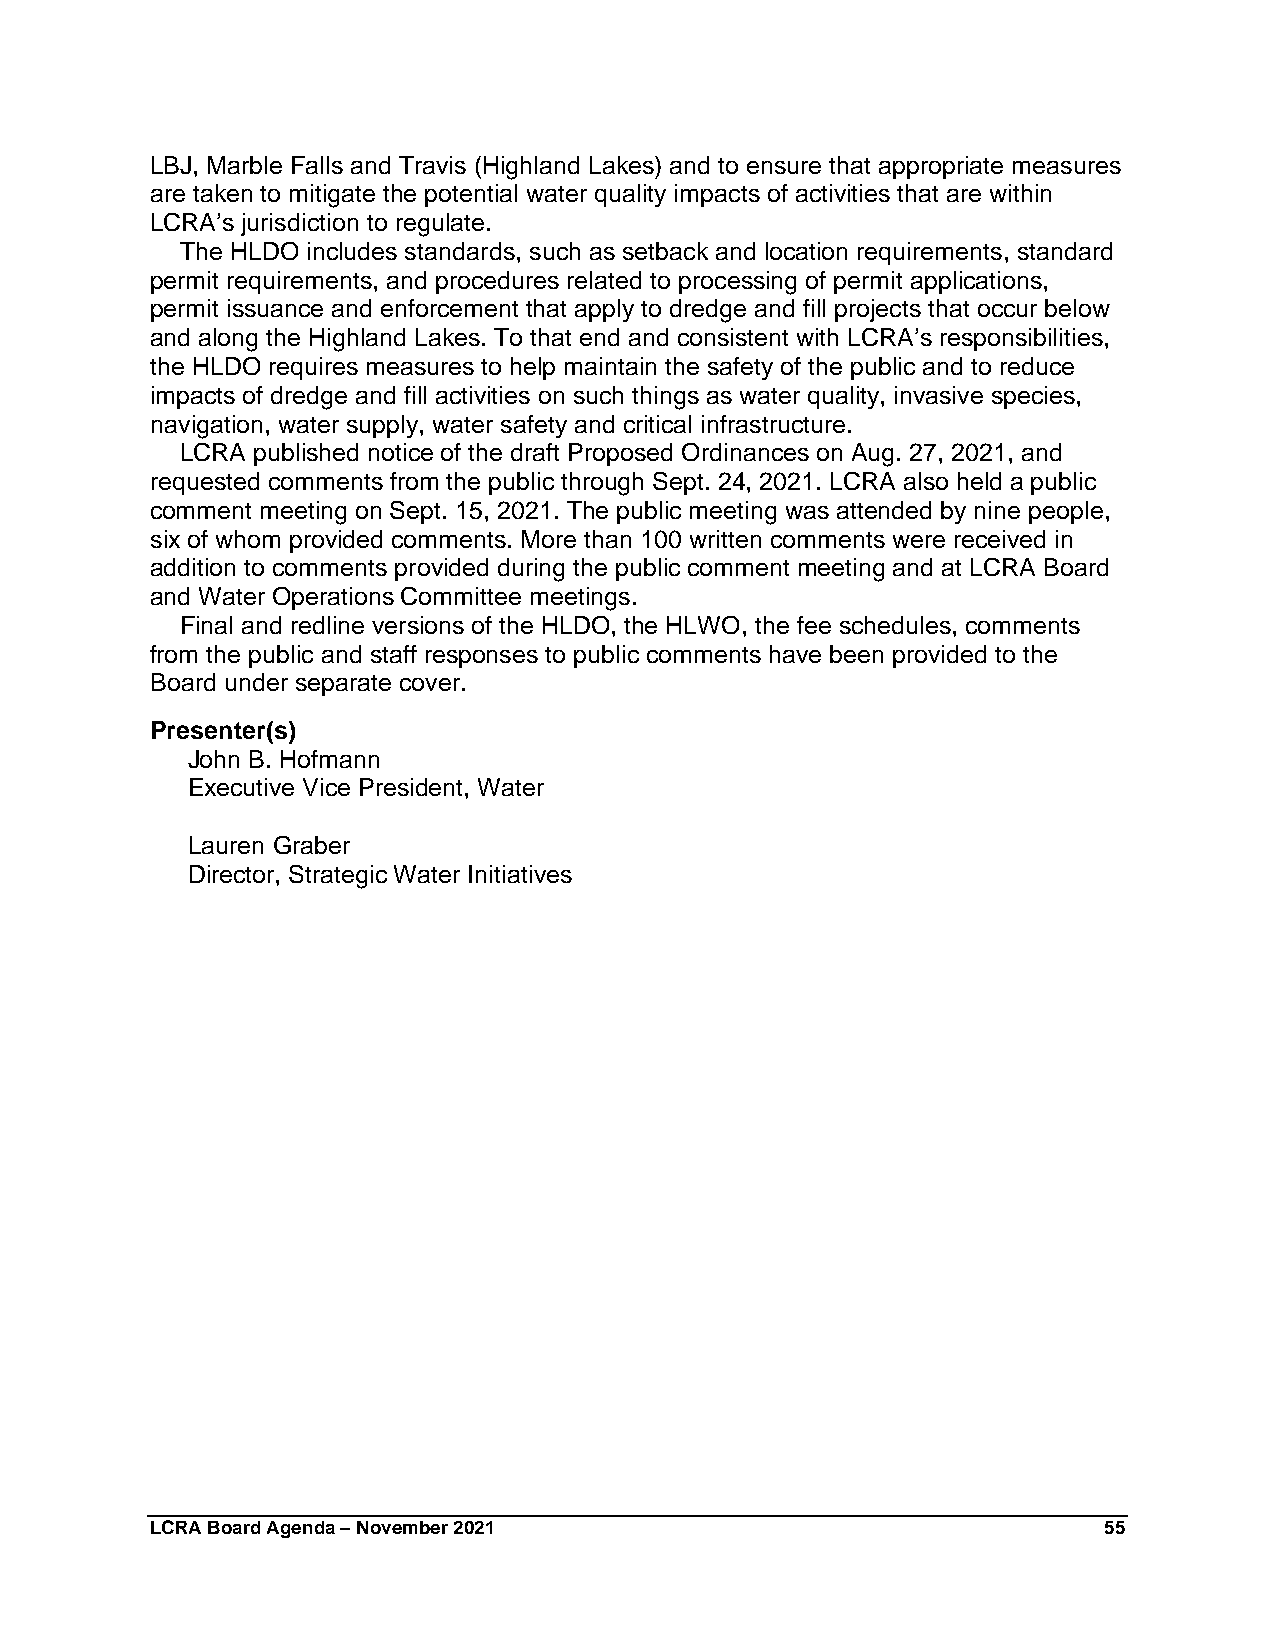
LBJ, Marble Falls and Travis (Highland Lakes) and to ensure that appropriate measures
 are taken to mitigate the potential water quality impacts of activities that are within
 LCRA’s jurisdiction to regulate.
 The HLDO includes standards, such as setback and location requirements, standard
 permit requirements, and procedures related to processing of permit applications,
 permit issuance and enforcement that apply to dredge and fill projects that occur below
 and along the Highland Lakes. To that end and consistent with LCRA’s responsibilities,
 the HLDO requires measures to help maintain the safety of the public and to reduce
 impacts of dredge and fill activities on such things as water quality, invasive species,
 navigation, water supply, water safety and critical infrastructure.
 LCRA published notice of the draft Proposed Ordinances on Aug. 27, 2021, and
 requested comments from the public through Sept. 24, 2021. LCRA also held a public
 comment meeting on Sept. 15, 2021. The public meeting was attended by nine people,
 six of whom provided comments. More than 100 written comments were received in
 addition to comments provided during the public comment meeting and at LCRA Board
 and Water Operations Committee meetings.
 Final and redline versions of the HLDO, the HLWO, the fee schedules, comments
 from the public and staff responses to public comments have been provided to the
 Board under separate cover.
 Presenter(s)
 John B. Hofmann
 Executive Vice President, Water
 Lauren Graber
 Director, Strategic Water Initiatives
 LCRA Board Agenda – November 2021                              55